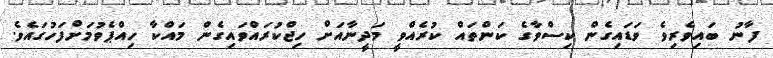
ފާނު ބައިވެރިވެ ވަޑައިގެން ކިސްވާގެ ކަންތައް ކުރެއްވީ މަދީނާއަށް ހިޖްކުރައްވައިގެން މައްކާ ހިއްޕެވުމަށްފަހުގައެވެ.